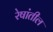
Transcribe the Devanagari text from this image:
रेषांतील